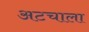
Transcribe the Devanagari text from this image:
अटचाला